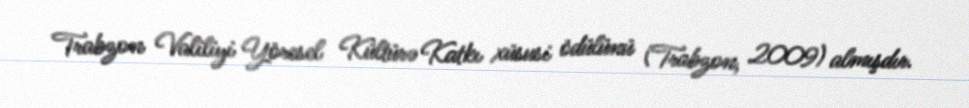
Trabzon Valiliyi Yöresel Kültürə Katkı xüsusi ödülünü (Trabzon, 2009) almışdır.